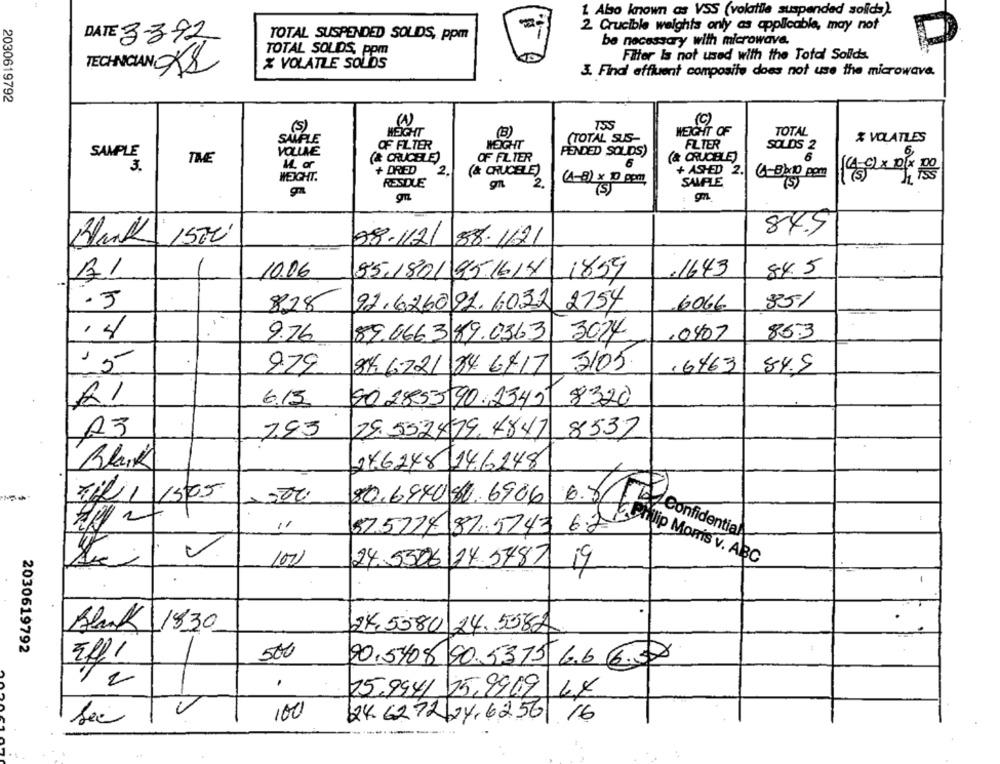
1. Also known as VSS (volatile suspended solids).
2 Crucible weights only as applicable, may not
TOTAL SUSPENDED SOLDS, ppm
DATE 3392
be necessary with microwave.
TOTAL SOLIDS, pom
X VOLATILE SOLIDS
Filter Is not used with the Total Solids.
TECHNICIAN X2
3. Find' affluent composite does not use the microwave.
2030619792
(C)
(5)
T55
WEIGHT OF
HEIGHT
(3)
(TOTAL SUS-
TOTAL
SAMPLE
OF FILTER
WEIGHT
FILTER
& VOLATLES
SAMPLE
VOLLE
PENDED SOLDS)
SOLIDS 2
TIE
(& CRUCELE)
OF FILTER
(& CRUCELE)
6
3.
M. or
6
+ DRIED
2
(& CRUCELE)
+ ASHED 2.
4-8):10 pm
813
WEIGHT.
RESDLE
2.
(1-8) × 10 gott,
SAMPLE
(5)
gn
84.5
Blank 1500
98-112/
88.1621
A1
10.06
85.180/951614
1859
,1643
845
.3
2754
6066
85/
8.28
92.626091.6032
14
9.76
89066389.0363
3024
.0407
86.3
979
3/05
.6763
88 6721 846417
84.9
6.15
90 2855 90-2345
8320
A3
793
29. 532479. 4847
8532
Black
246248/146248
til 1 1505
80.6940 8.6906
6.7/or Confidential
52.5274 87.5743 6.2MORTS V. ARO
100
24.5306/24.5787 19
1
18:30
24.5580 24.5082
2030619792
500
90,5/8 90.53.15 6.6 6.30
75.9941 15,9909 48
100
24.6272 24,6256 16